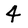
Character: 4